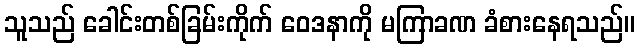
သူသည် ခေါင်းတစ်ခြမ်းကိုက် ဝေဒနာကို မကြာခဏ ခံစားနေရသည်။